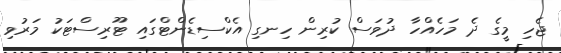
ޖެހި މީގެ ދެ މަހެއްހާ ދުވަސް ކުރިން ހިނގި އެކްސިޑެންޓްގައި ޓޫރިސްޓަކު މަރުވި